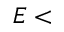
E <